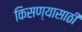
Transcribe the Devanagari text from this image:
किसण्यासाठी